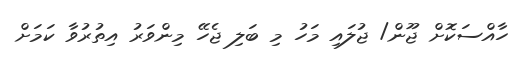
ހާއްސަކޮށް ޖޫން/ ޖުލައި މަހު މި ބަލި ޖެހޭ މިންވަރު އިތުރުވާ ކަމަށް